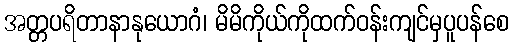
အတ္တပရိတာနာနုယောဂံ၊ မိမိကိုယ်ကိုထက်ဝန်းကျင်မှပူပန်စေ